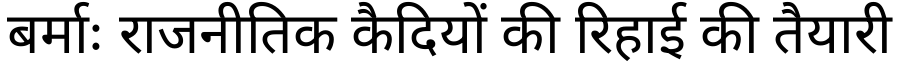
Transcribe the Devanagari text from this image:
बर्माः राजनीतिक कैदियों की रिहाई की तैयारी